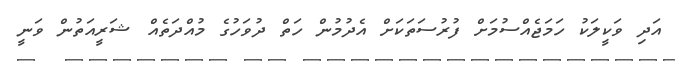
އަދި ވަކީލަކު ހަމަޖެއްސުމަށް ފުރުސަތަކަށް އެދުމުން ހަތް ދުވަހުގެ މުއްދަތެއް ޝަރީއަތުން ވަނީ